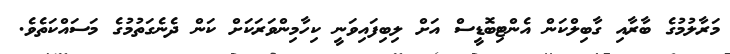
މަރާލުމުގެ ބާރާއި ގާބިލްކަން އެންޓިބޮޑީސް އަށް ލިބިފައިވަނީ ކިހާމިންވަރަކަށް ކަން ދެނެގަތުމުގެ މަސައްކަތެވެ.